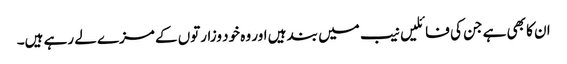
ان کا بھی ہے جن کی فائلیں نیب میں بند ہیں اور وہ خود وزارتوں کے مزے لے رہے ہیں۔